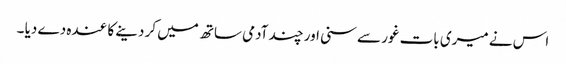
اس نے میری بات غور سے سنی اور چند آدمی ساتھ میں کر دینے کا عندہ دے دیا ۔